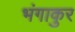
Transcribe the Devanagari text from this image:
भंगाकुर